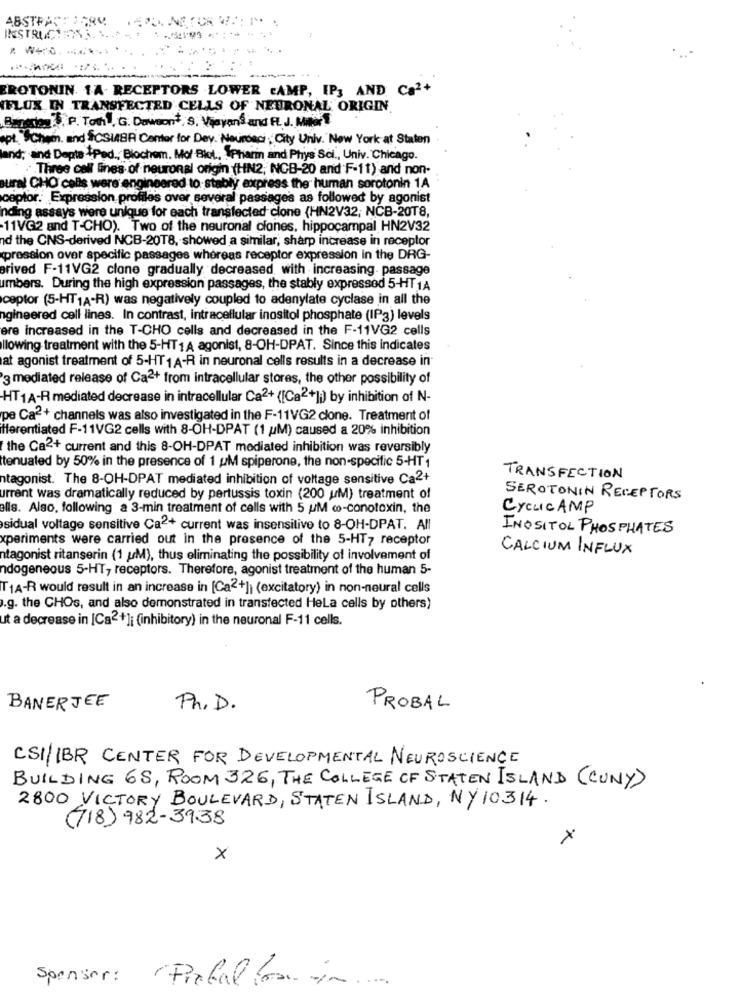
ABSTRACT 169M
INSTRUCTSTR.
& Word
-
EROTONIN 1.A. RECEPTORS LOWER CAMP, IP; AND Ca2+
IFLOX IN TRANSFECTED CELLS OF NEURONAL ORIGIN
notas .P. Toth , G. Dawsont, S. Vijayan's and FL. J. Miler $
Chem. and $CSIABR Center for Day. Neuroaci City Univ. New York at Staten
: and Depte -Ped. Blochom. Mo/ Blot. Pharin and Phys Sci ., Univ. Chicago.
Three cell lines of neuronal origin (HN2, NGB-20 and F-11) and non-
oural CHO cells were engineered to stably express the human serotonin 1A
ceptor. Expression profiles over several passages as followed by agonist
ing assays were unique for each transfected clone (HN2V32; NCB-2018,
11VG2 and T-CHO). Two of the neuronal ciones, hippocampal HN2V32
nd the CNS-derived NCB-20T8, showed a similar, sharp increase in receptor
pression over specific passages whereas receptor expression in the DRG-
rived F-11VG2 clone gradually decreased, with increasing. passage
umbers. During the high expression passages, the stably expressed 5-HT 1A
ceptor (5-HT1A-R) was negatively coupled to adenylate cyclase in all the
ngineered cell lines. In contrast, intracellular inositol phosphate (IP3) levels
ere increased in the T-CHO cells and decreased in the F-11VG2 cells
llowing treatment with the 5-HT1A agonist, 8-OH-DPAT. Since this indicates
at agonist treatment of 5-HT 1A-R in neuronal cells results in a decrease in
3 mediated release of Ca2+ from intracellular stores, the other possibility of
HT1A-R mediated decrease in intracellular Ca2+ ([Ca2+]) by inhibition of N-
pe Ca2+ channels was also investigated in the F-11VG2 clone. Treatment of
fferentiated F-11VG2 cells with 8-OH-DPAT (1 /M) caused a 20% inhibition
the Ca2+ current and this 8-OH-DPAT mediated inhibition was reversibly
tenuated by 50% in the presence of 1 uM spiperone, the non-specific 5-HT 1
ntagonist. The 8-OH-DPAT mediated inhibition of voltage sensitive Ca2+
TRANSFECTION
urrent was dramatically reduced by pertussis toxin (200 uM) treatment of
SEROTONIN RECEPTORS
alls. Also, following a 3-min treatment of cells with 5 UM wo-conotoxin, the
CYCLICAMP
sidual voltage sensitive Ca2+ current was insensitive to 8-OH-DPAT. All
INOSITOL PHOSPHATES
xperiments were carried out in the presence of the 5-HT7 receptor
CALCIUM INFLUX
ntagonist ritanserin (1 uM), thus eliminating the possibility of involvement of
ndogeneous 5-HT, receptors. Therefore, agonist treatment of the human 5-
TIA-R would result in an increase in [Ca2+]) (excitatory) in non-neural cells
.g. the CHOs, and also demonstrated in transfected Hela cells by others)
ut a decrease in [Ca2+]; (inhibitory) in the neuronal F-11 cells.
BANERJEE
Ph. D.
PROBAL
CSI/IBR CENTER FOR DEVELOPMENTAL NEUROSCIENCE
BUILDING 68, ROOM 326, THE COLLEGE OF STATEN ISLAND (CUNY)
2800 VICTORY BOULEVARD, STATEN ISLAND, NY 10314.
(718) 982-3938
×
×
Sponsor:
"Piebal for in